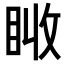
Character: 𥅪